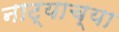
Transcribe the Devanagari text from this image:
नाट्याच्या